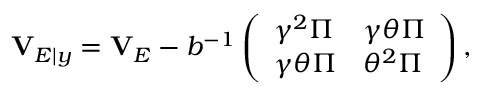
\mathbf { V } _ { E | y } = \mathbf { V } _ { E } - b ^ { - 1 } \left( \begin{array} { l l } { \gamma ^ { 2 } \boldsymbol { \Pi } } & { \gamma \theta \boldsymbol { \Pi } } \\ { \gamma \theta \boldsymbol { \Pi } } & { \theta ^ { 2 } \boldsymbol { \Pi } } \end{array} \right) ,